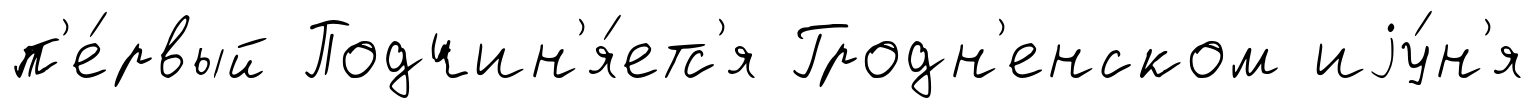
п'е́рвый Подчин'я́етс'я Гродн'енском иjу́н'я